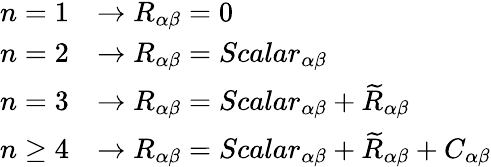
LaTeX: \begin{array}{rl}{n=1}&{\rightarrow R_{\alpha\beta}=0}\\ {n=2}&{\rightarrow R_{\alpha\beta}=Scalar_{\alpha\beta}}\\ {n=3}&{\rightarrow R_{\alpha\beta}=Scalar_{\alpha\beta}+\widetilde{R}_{\alpha\beta}}\\ {n\geq 4}&{\rightarrow R_{\alpha\beta}=Scalar_{\alpha\beta}+\widetilde{R}_{\alpha\beta}+C_{\alpha\beta}}\end{array}